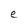
Character: e